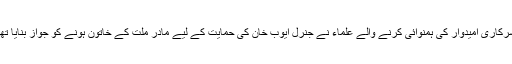
سرکاری امیدوار کی ہمنوائی کرنے والے علماء نے جنرل ایوب خان کی حمایت کے لیے مادرِ ملّت کے خاتون ہونے کو جواز بنایا تھا۔